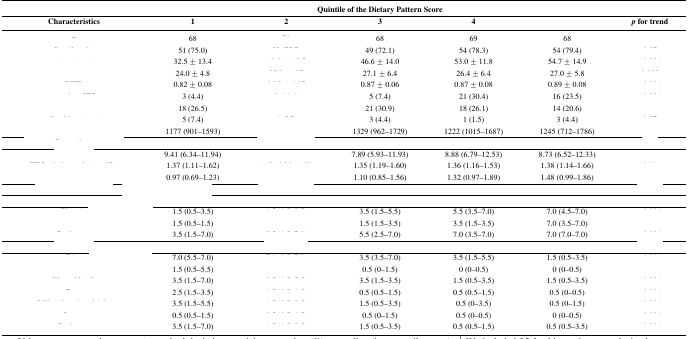
<table><thead><tr><td>[EMPTY_CELL]</td><td colspan="5"><b>Quintile of the Dietary Pattern Score</b></td><td>[EMPTY_CELL]</td></tr><tr><td><b>Characteristics</b></td><td><b>1</b></td><td><b>2</b></td><td><b>3</b></td><td><b>4</b></td><td>[EMPTY_CELL]</td><td><b><i>p</i> for trend</b></td></tr></thead><tbody><tr><td>[EMPTY_CELL]</td><td>68</td><td>[EMPTY_CELL]</td><td>68</td><td>69</td><td>68</td><td>[EMPTY_CELL]</td></tr><tr><td>[EMPTY_CELL]</td><td>51 (75.0)</td><td>[EMPTY_CELL]</td><td>49 (72.1)</td><td>54 (78.3)</td><td>54 (79.4)</td><td>[EMPTY_CELL]</td></tr><tr><td>[EMPTY_CELL]</td><td>32.5 ± 13.4</td><td>[EMPTY_CELL]</td><td>46.6 ± 14.0</td><td>53.0 ± 11.8</td><td>54.7 ± 14.9</td><td>[EMPTY_CELL]</td></tr><tr><td>[EMPTY_CELL]</td><td>24.0 ± 4.8</td><td>[EMPTY_CELL]</td><td>27.1 ± 6.4</td><td>26.4 ± 6.4</td><td>27.0 ± 5.8</td><td>[EMPTY_CELL]</td></tr><tr><td>[EMPTY_CELL]</td><td>0.82 ± 0.08</td><td>[EMPTY_CELL]</td><td>0.87 ± 0.06</td><td>0.87 ± 0.08</td><td>0.89 ± 0.08</td><td>[EMPTY_CELL]</td></tr><tr><td>[EMPTY_CELL]</td><td>3 (4.4)</td><td>[EMPTY_CELL]</td><td>5 (7.4)</td><td>21 (30.4)</td><td>16 (23.5)</td><td>[EMPTY_CELL]</td></tr><tr><td>[EMPTY_CELL]</td><td>18 (26.5)</td><td>[EMPTY_CELL]</td><td>21 (30.9)</td><td>18 (26.1)</td><td>14 (20.6)</td><td>[EMPTY_CELL]</td></tr><tr><td>[EMPTY_CELL]</td><td>5 (7.4)</td><td>[EMPTY_CELL]</td><td>3 (4.4)</td><td>1 (1.5)</td><td>3 (4.4)</td><td>[EMPTY_CELL]</td></tr><tr><td>[EMPTY_CELL]</td><td>1177 (901–1593)</td><td>[EMPTY_CELL]</td><td>1329 (962–1729)</td><td>1222 (1015–1687)</td><td>1245 (712–1786)</td><td>[EMPTY_CELL]</td></tr><tr><td>[EMPTY_CELL]</td><td>[EMPTY_CELL]</td><td>[EMPTY_CELL]</td><td>[EMPTY_CELL]</td><td>[EMPTY_CELL]</td><td>[EMPTY_CELL]</td><td>[EMPTY_CELL]</td></tr><tr><td>[EMPTY_CELL]</td><td>9.41 (6.34–11.94)</td><td>[EMPTY_CELL]</td><td>7.89 (5.93–11.93)</td><td>8.88 (6.79–12.53)</td><td>8.73 (6.52–12.33)</td><td>[EMPTY_CELL]</td></tr><tr><td>[EMPTY_CELL]</td><td>1.37 (1.11–1.62)</td><td>[EMPTY_CELL]</td><td>1.35 (1.19–1.60)</td><td>1.36 (1.16–1.53)</td><td>1.38 (1.14–1.66)</td><td>[EMPTY_CELL]</td></tr><tr><td>[EMPTY_CELL]</td><td>0.97 (0.69–1.23)</td><td>[EMPTY_CELL]</td><td>1.10 (0.85–1.56)</td><td>1.32 (0.97–1.89)</td><td>1.48 (0.99–1.86)</td><td>[EMPTY_CELL]</td></tr><tr><td colspan="3">[EMPTY_CELL]</td><td>[EMPTY_CELL]</td><td>[EMPTY_CELL]</td><td>[EMPTY_CELL]</td><td>[EMPTY_CELL]</td></tr><tr><td colspan="2">[EMPTY_CELL]</td><td>[EMPTY_CELL]</td><td>[EMPTY_CELL]</td><td>[EMPTY_CELL]</td><td>[EMPTY_CELL]</td><td>[EMPTY_CELL]</td></tr><tr><td>[EMPTY_CELL]</td><td>1.5 (0.5–3.5)</td><td>[EMPTY_CELL]</td><td>3.5 (1.5–5.5)</td><td>5.5 (3.5–7.0)</td><td>7.0 (4.5–7.0)</td><td>[EMPTY_CELL]</td></tr><tr><td>[EMPTY_CELL]</td><td>1.5 (0.5–1.5)</td><td>[EMPTY_CELL]</td><td>1.5 (1.5–3.5)</td><td>3.5 (1.5–3.5)</td><td>7.0 (3.5–7.0)</td><td>[EMPTY_CELL]</td></tr><tr><td>[EMPTY_CELL]</td><td>3.5 (1.5–7.0)</td><td>[EMPTY_CELL]</td><td>5.5 (2.5–7.0)</td><td>7.0 (3.5–7.0)</td><td>7.0 (7.0–7.0)</td><td>[EMPTY_CELL]</td></tr><tr><td colspan="2">[EMPTY_CELL]</td><td>[EMPTY_CELL]</td><td>[EMPTY_CELL]</td><td>[EMPTY_CELL]</td><td>[EMPTY_CELL]</td><td>[EMPTY_CELL]</td></tr><tr><td>[EMPTY_CELL]</td><td>7.0 (5.5–7.0)</td><td>[EMPTY_CELL]</td><td>3.5 (3.5–7.0)</td><td>3.5 (1.5–5.5)</td><td>1.5 (0.5–3.5)</td><td>[EMPTY_CELL]</td></tr><tr><td>[EMPTY_CELL]</td><td>1.5 (0.5–5.5)</td><td>[EMPTY_CELL]</td><td>0.5 (0–1.5)</td><td>0 (0–0.5)</td><td>0 (0–0.5)</td><td>[EMPTY_CELL]</td></tr><tr><td>[EMPTY_CELL]</td><td>3.5 (1.5–7.0)</td><td>[EMPTY_CELL]</td><td>3.5 (1.5–3.5)</td><td>1.5 (0.5–3.5)</td><td>1.5 (0.5–3.5)</td><td>[EMPTY_CELL]</td></tr><tr><td>[EMPTY_CELL]</td><td>2.5 (1.5–3.5)</td><td>[EMPTY_CELL]</td><td>0.5 (0.5–1.5)</td><td>0.5 (0.5–1.5)</td><td>0.5 (0–0.5)</td><td>[EMPTY_CELL]</td></tr><tr><td>[EMPTY_CELL]</td><td>3.5 (1.5–5.5)</td><td>[EMPTY_CELL]</td><td>1.5 (0.5–3.5)</td><td>0.5 (0–3.5)</td><td>0.5 (0–1.5)</td><td>[EMPTY_CELL]</td></tr><tr><td>[EMPTY_CELL]</td><td>0.5 (0.5–1.5)</td><td>[EMPTY_CELL]</td><td>0.5 (0–1.5)</td><td>0.5 (0–0.5)</td><td>0 (0–0.5)</td><td>[EMPTY_CELL]</td></tr><tr><td>[EMPTY_CELL]</td><td>3.5 (1.5–7.0)</td><td>[EMPTY_CELL]</td><td>1.5 (0.5–3.5)</td><td>0.5 (0.5–1.5)</td><td>0.5 (0.5–3.5)</td><td>[EMPTY_CELL]</td></tr></tbody></table>